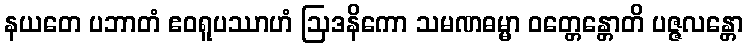
နယတေ ပဘာတံ ဧဝရူပဿာဟံ ဩဒနိကော သမဏဓမ္မာ ဝတ္တေန္တောတိ ပဇ္ဇလန္တော